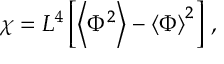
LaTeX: \chi = L ^ { 4 } \left[ \left\langle \Phi ^ { 2 } \right\rangle - \left\langle \Phi \right\rangle ^ { 2 } \right] \, ,